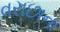
વરાછાના